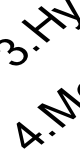
4 . H